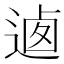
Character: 𨔁